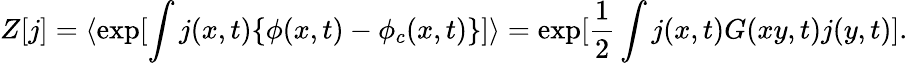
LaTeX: Z[j]=\langle\exp[\int j(x,t)\{ \phi(x,t)-\phi_{c}(x,t)\} ]\rangle=\exp[\frac{1}{2}\int j(x,t)G(xy,t)j(y,t)].